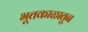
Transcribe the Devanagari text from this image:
भूतकाळातून